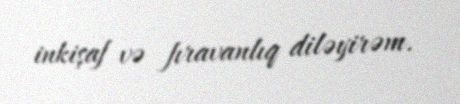
inkişaf və fıravanlıq diləyirəm.